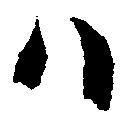
ハ